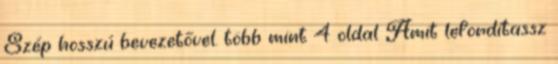
Szép hosszú bevezetővel. több mint 4 oldal Amit lefordítassz